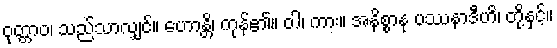
ဝုတ္တာဝ၊ သည်သာလျှင်။ ဟောန္တိ၊ ကုန်၏။ ဝါ၊ ကား။ အနိစ္စာနု ပဿနာဒီဟိ၊ တို့နှင့်။